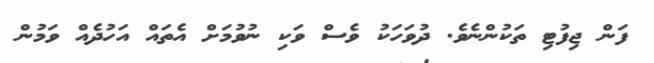
ފަން ޖިފުޓި ތަކުންނެވެ. ދުވަހަކު ވެސް ވަކި ނުވުމަށް އެތައް އަހުދެއް ވަމުން